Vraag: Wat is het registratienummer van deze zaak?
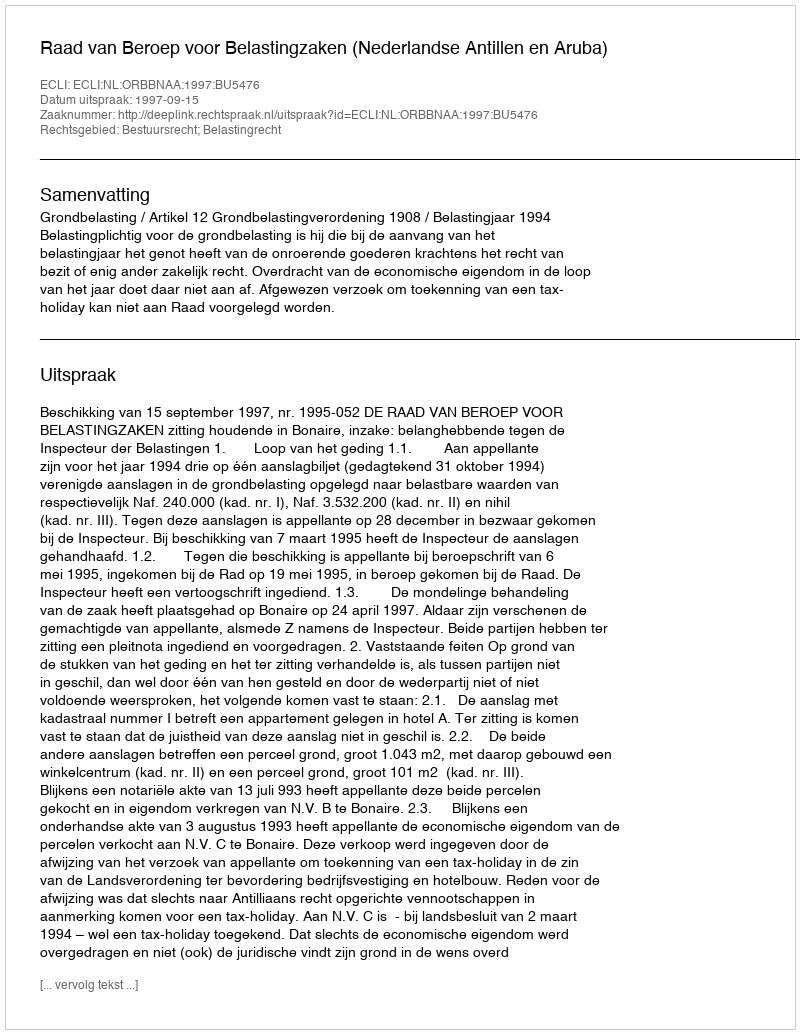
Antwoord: http://deeplink.rechtspraak.nl/uitspraak?id=ECLI:NL:ORBBNAA:1997:BU5476